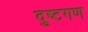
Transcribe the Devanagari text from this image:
दुष्टगण